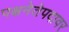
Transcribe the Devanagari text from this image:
पक्षनेतेपदावर